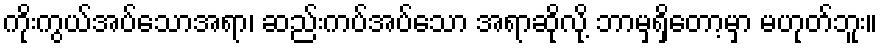
ကိုးကွယ်အပ်သောအရာ၊ ဆည်းကပ်အပ်သော အရာဆိုလို့ ဘာမှရှိတော့မှာ မဟုတ်ဘူး။